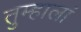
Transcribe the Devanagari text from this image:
तुम्हालां